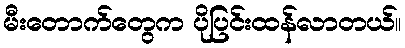
မီးတောက်တွေက ပိုပြင်းထန်လာတယ်။